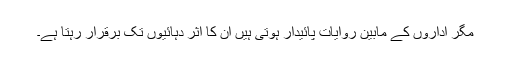
مگر اداروں کے مابین روایات پائیدار ہوتی ہیں ان کا اثر دہائیوں تک برقرار رہتا ہے۔